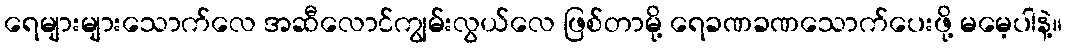
ရေများများသောက်လေ အဆီလောင်ကျွမ်းလွယ်လေ ဖြစ်တာမို့ ရေခဏခဏသောက်ပေးဖို့ မမေ့ပါနဲ့။